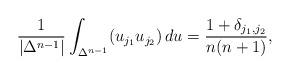
LaTeX: \begin{align*}\frac{1}{|\Delta^{n-1}|}\int_{\Delta^{n-1}}(u_{j_1}u_{j_2})\,du=\frac{1+\delta_{j_1,j_2}}{n(n+1)},\end{align*}